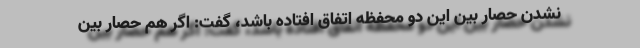
نشدن حصار بین این دو محفظه اتفاق افتاده باشد، گفت: اگر هم حصار بین